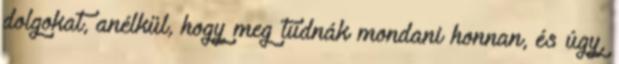
dolgokat, anélkül, hogy meg tudnák mondani honnan, és úgy,